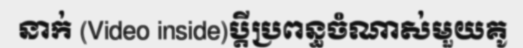
នាក់ (Video inside)ប្តីប្រពន្ធចំណាស់មួយគូ